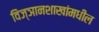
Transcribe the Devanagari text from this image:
विज्ञानशाखांमधील